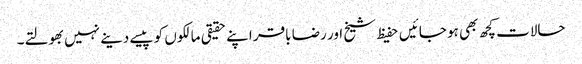
حالات کچھ بھی ہو جائیں حفیظ شیخ اور رضا باقر اپنے حقیقی مالکوں کو پیسے دینے نہیں بھولتے۔